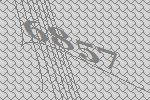
6857